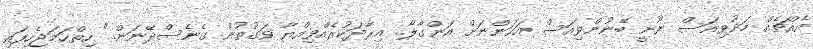
އެއްޗެއް މަދުވިއަސް ނޫނީ ބޭނުންވިއަސް އަހަންނަށް އަންގާލާ.. އިރާދަކުރެއްވިއްޔާ ވަގުތުން ގެނެސްދޭނަން.." ހިތްހަމަޖެހިފައި